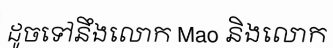
ដូចទៅនឹងលោក Mao និងលោក